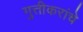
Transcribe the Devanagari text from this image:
गुत्तीकरांचे